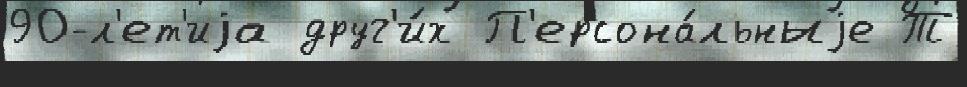
90-л'ет'иjа друг'и́х П'ерсона́льныjе Т